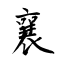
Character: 襄